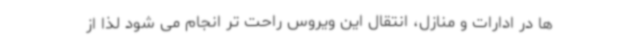
ها در ادارات و منازل، انتقال این ویروس راحت تر انجام می شود لذا از